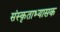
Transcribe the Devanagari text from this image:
संस्कृताभ्यासक